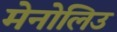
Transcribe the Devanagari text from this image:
मेनोलिउ